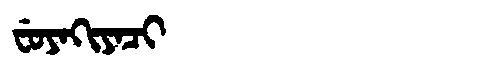
Manchu: ᠸᡠᠶᠠᡴᡳᠶᠠᠴᡳ
Romanization: FUYAKIYACI